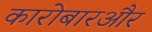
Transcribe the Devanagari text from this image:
कारोबारऔर